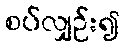
စပ်လျှဉ်း၍